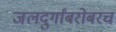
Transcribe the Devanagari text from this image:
जलदुर्गांबरोबरच